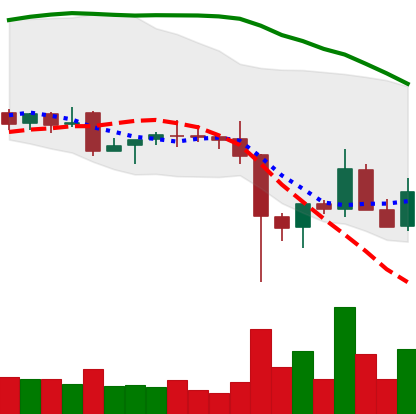
Ticker: EOS-USD
Chart end date: 2021-12-11
Forward return: -5.985%
Label: down_5_7